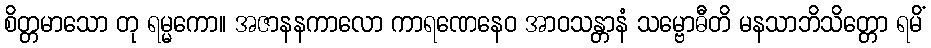
စိတ္တမာသော တု ရမ္မကော။ အဇာနနကာလော ကာရဏေနေဝ အာဝသန္တာနံ သမ္ဗောဓီတိ မနသာဘိသိတ္တော ရမိံ